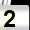
Digit: 2